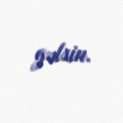
gəlsin.